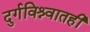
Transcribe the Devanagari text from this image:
दुर्गविश्र्वातही